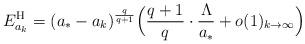
LaTeX: \begin{align*}E_{a_{k}}^{\rm H} = (a_{*}-a_{k})^{\frac{q}{q+1}} \Big(\frac{q+1}{q}\cdot\frac{\Lambda}{a_{*}} + o(1)_{k\to\infty}\Big)\end{align*}